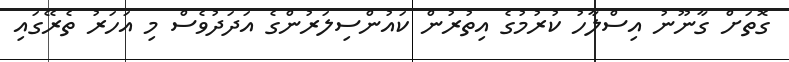
ގޮތަށް ގާނޫނު އިސްލާހު ކުރުމުގެ އިތުރުން ކައުންސިލަރުންގެ އަދަދުވެސް މި އަހަރު ތެރޭގައި